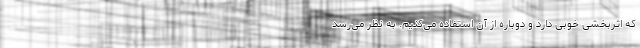
که اثربخشی خوبی دارد و دوباره از آن استفاده می‌کنیم. به نظر می‌رسد